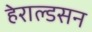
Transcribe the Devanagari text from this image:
हेराल्डसन